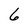
Character: 6